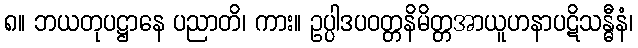
၈။ ဘယတုပဋ္ဌာနေ ပညာတိ၊ ကား။ ဥပ္ပါဒပဝတ္တနိမိတ္တအာယူဟနာပဋိသန္ဓီနံ၊